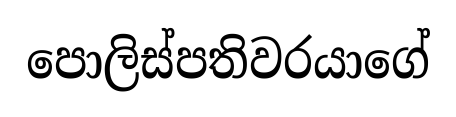
පොලිස්පතිවරයාගේ